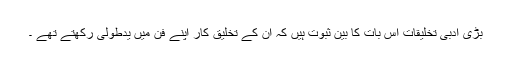
بڑی ادبی تخلیقات اس بات کا بین ثبوت ہیں کہ ان کے تخلیق کار اپنے فن میں یدطولیٰ رکھتے تھے ۔